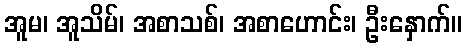
အူမ၊ အူသိမ်၊ အစာသစ်၊ အစာဟောင်း၊ ဦးနှောက်။